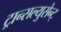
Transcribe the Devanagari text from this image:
ट्रान्सल्युसेन्ट्